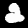
Label: 2